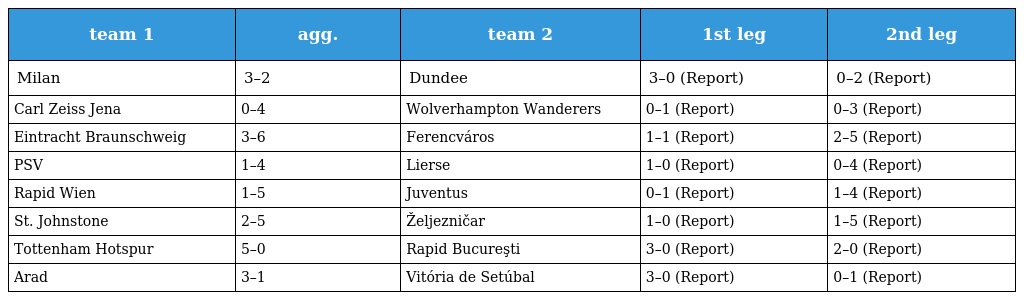
| team 1 | agg. | team 2 | 1st leg | 2nd leg |
 | --- | --- | --- | --- | --- |
 | Milan | 3–2 | Dundee | 3–0 (Report) | 0–2 (Report) |
 | Carl Zeiss Jena | 0–4 | Wolverhampton Wanderers | 0–1 (Report) | 0–3 (Report) |
 | Eintracht Braunschweig | 3–6 | Ferencváros | 1–1 (Report) | 2–5 (Report) |
 | PSV | 1–4 | Lierse | 1–0 (Report) | 0–4 (Report) |
 | Rapid Wien | 1–5 | Juventus | 0–1 (Report) | 1–4 (Report) |
 | St. Johnstone | 2–5 | Željezničar | 1–0 (Report) | 1–5 (Report) |
 | Tottenham Hotspur | 5–0 | Rapid Bucureşti | 3–0 (Report) | 2–0 (Report) |
 | Arad | 3–1 | Vitória de Setúbal | 3–0 (Report) | 0–1 (Report) |